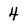
Character: 4